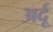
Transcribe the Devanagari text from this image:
अर्दू